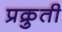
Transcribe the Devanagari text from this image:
प्रक्रुती